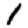
Digit: 1